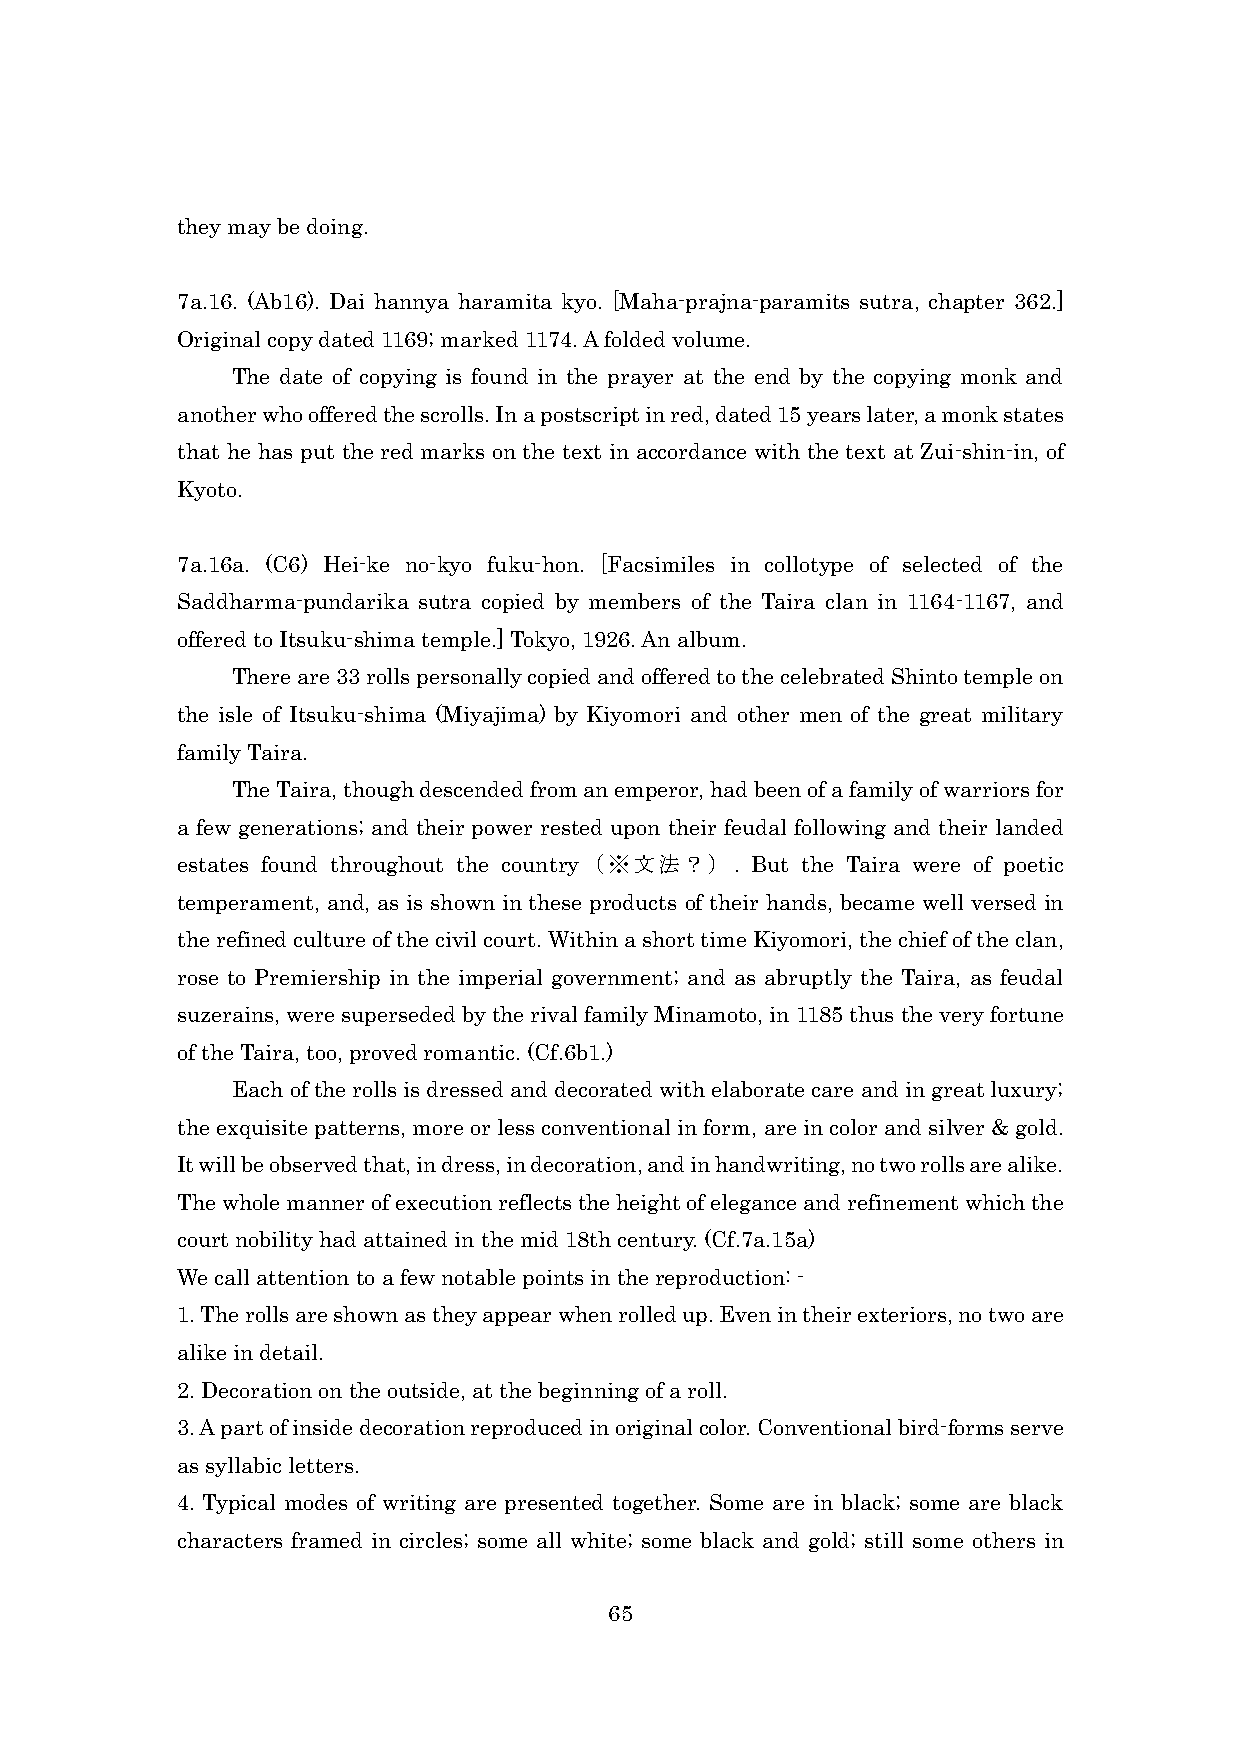
they may be doing.
 7a.16. (Ab16). Dai hannya haramita kyo. [Maha-prajna-paramits sutra, chapter 362.]
 Original copy dated 1169; marked 1174. A folded volume.
 The date of copying is found in the prayer at the end by the copying monk and
 another who offered the scrolls. In a postscript in red, dated 15 years later, a monk states
 that he has put the red marks on the text in accordance with the text at Zui-shin-in, of
 Kyoto.
 7a.16a. (C6) Hei-ke no-kyo fuku-hon. [Facsimiles in collotype of selected of the
 Saddharma-pundarika sutra copied by members of the Taira clan in 1164-1167, and
 offered to Itsuku-shima temple.] Tokyo, 1926. An album.
 There are 33 rolls personally copied and offered to the celebrated Shinto temple on
 the isle of Itsuku-shima (Miyajima) by Kiyomori and other men of the great military
 family Taira.
 The Taira, though descended from an emperor, had been of a family of warriors for
 a few generations; and their power rested upon their feudal following and their landed
 estates found throughout the country（※文法？）. But the Taira were of poetic
 temperament, and, as is shown in these products of their hands, became well versed in
 the refined culture of the civil court. Within a short time Kiyomori, the chief of the clan,
 rose to Premiership in the imperial government; and as abruptly the Taira, as feudal
 suzerains, were superseded by the rival family Minamoto, in 1185 thus the very fortune
 of the Taira, too, proved romantic. (Cf.6b1.)
 Each of the rolls is dressed and decorated with elaborate care and in great luxury;
 the exquisite patterns, more or less conventional in form, are in color and silver & gold.
 It will be observed that, in dress, in decoration, and in handwriting, no two rolls are alike.
 The whole manner of execution reflects the height of elegance and refinement which the
 court nobility had attained in the mid 18th century. (Cf.7a.15a)
 We call attention to a few notable points in the reproduction: -
 1. The rolls are shown as they appear when rolled up. Even in their exteriors, no two are
 alike in detail.
 2. Decoration on the outside, at the beginning of a roll.
 3. A part of inside decoration reproduced in original color. Conventional bird-forms serve
 as syllabic letters.
 4. Typical modes of writing are presented together. Some are in black; some are black
 characters framed in circles; some all white; some black and gold; still some others in
 65